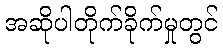
အဆိုပါတိုက်ခိုက်မှုတွင်